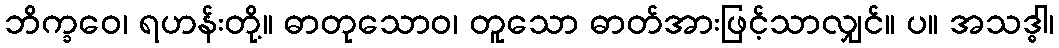
ဘိက္ခဝေ၊ ရဟန်းတို့။ ဓာတုသောဝ၊ တူသော ဓာတ်အားဖြင့်သာလျှင်။ ပ။ အသဒ္ဓါ၊